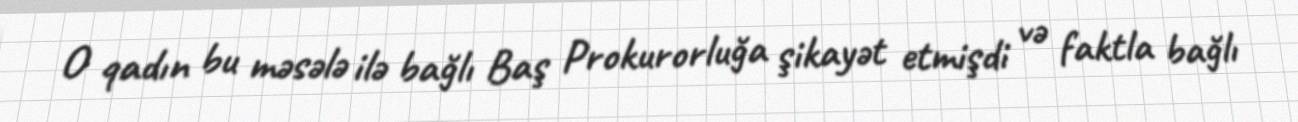
O qadın bu məsələ ilə bağlı Baş Prokurorluğa şikayət etmişdi və faktla bağlı